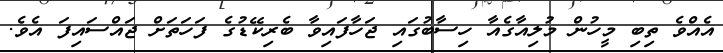
އެއްވެ ތިބި މީހުން މުލިއާގެއާ ހިސާބުގައި ޖަހާފައިވާ ބެރިކޭޑުގެ ފަހަތަށް ޖައްސައިފަ އެވެ.